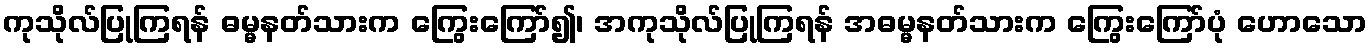
ကုသိုလ်ပြုကြရန် ဓမ္မနတ်သားက ကြွေးကြော်၍၊ အကုသိုလ်ပြုကြရန် အဓမ္မနတ်သားက ကြွေးကြော်ပုံ ဟောသော